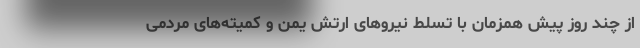
از چند روز پیش همزمان با تسلط نیروهای ارتش یمن و کمیته‌های مردمی